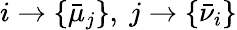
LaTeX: i\rightarrow\{ \bar{\mu}_{j}\} ,~j\rightarrow\{ \bar{\nu}_{i}\}